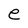
Character: e